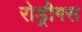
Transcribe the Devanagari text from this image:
रोड्रीगस